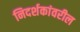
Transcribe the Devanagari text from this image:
निदर्शकांवरील